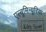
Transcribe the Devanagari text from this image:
एल्बूमिन्यूरिया